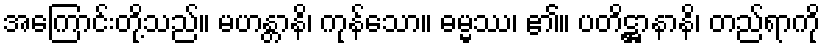
အကြောင်းတို့သည်။ မဟန္တာနိ၊ ကုန်သော။ ဓမ္မဿ၊ ၏။ ပတိဋ္ဌာနာနိ၊ တည်ရာကို